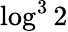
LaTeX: \log^{3}2